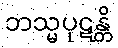
ဘသ္မပုဋန္တိ